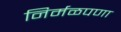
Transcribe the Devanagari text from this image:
निर्मळपणा